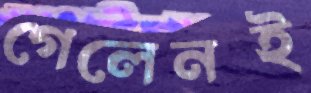
গেলেনই